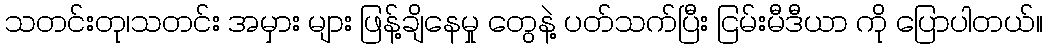
သတင်းတု၊သတင်း အမှား များ ဖြန့်ချိနေမှု တွေနဲ့ ပတ်သက်ပြီး ငြမ်းမီဒီယာ ကို ပြောပါတယ်။